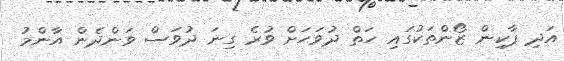
އަދި ޕާކިން ޒޯންތަކުގައި ހަތް ދުވަހަށް ވުރެ ގިނަ ދުވަސް ވަންދެން އާންމު